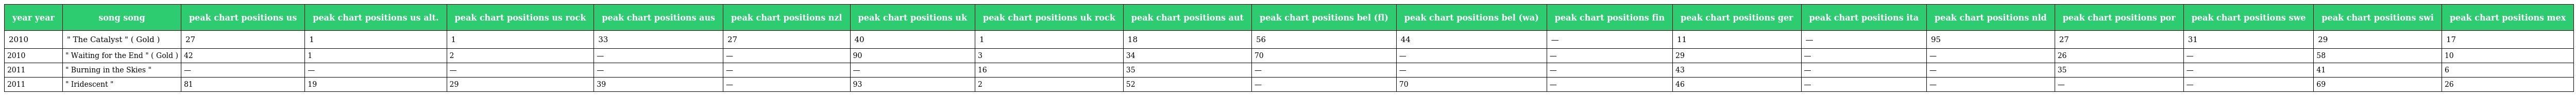
| year year | song song | peak chart positions us | peak chart positions us alt. | peak chart positions us rock | peak chart positions aus | peak chart positions nzl | peak chart positions uk | peak chart positions uk rock | peak chart positions aut | peak chart positions bel (fl) | peak chart positions bel (wa) | peak chart positions fin | peak chart positions ger | peak chart positions ita | peak chart positions nld | peak chart positions por | peak chart positions swe | peak chart positions swi | peak chart positions mex |
 | --- | --- | --- | --- | --- | --- | --- | --- | --- | --- | --- | --- | --- | --- | --- | --- | --- | --- | --- | --- |
 | 2010 | " The Catalyst " ( Gold ) | 27 | 1 | 1 | 33 | 27 | 40 | 1 | 18 | 56 | 44 | — | 11 | — | 95 | 27 | 31 | 29 | 17 |
 | 2010 | " Waiting for the End " ( Gold ) | 42 | 1 | 2 | — | — | 90 | 3 | 34 | 70 | — | — | 29 | — | — | 26 | — | 58 | 10 |
 | 2011 | " Burning in the Skies " | — | — | — | — | — | — | 16 | 35 | — | — | — | 43 | — | — | 35 | — | 41 | 6 |
 | 2011 | " Iridescent " | 81 | 19 | 29 | 39 | — | 93 | 2 | 52 | — | 70 | — | 46 | — | — | — | — | 69 | 26 |